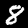
Label: 8